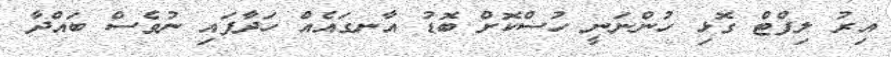
އިރު ލިފްޓް ގޮޅި ހުންނަނީ ހުސްކޮށް ބޮޑު އާނގައެއް ހަދާފައި ނުވެސް ބައްދާ